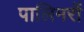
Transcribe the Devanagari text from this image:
पालिमरों